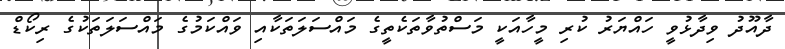
ދާއޫދު ވިދާޅުވީ ހައްޔަރު ކުރި މީހާއަކީ މަސްތުވާތަކެތީގެ މައްސަލަތަކާއި ވައްކަމުގެ މައްސަލަތަކުގެ ރިކޯޑް